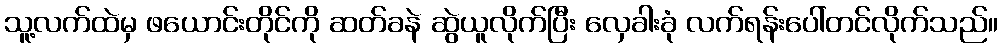
သူ့လက်ထဲမှ ဖယောင်းတိုင်ကို ဆတ်ခနဲ ဆွဲယူလိုက်ပြီး လှေခါးခုံ လက်ရန်းပေါ်တင်လိုက်သည်။